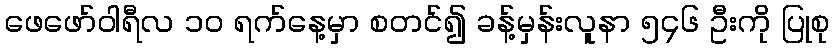
ဖေဖော်ဝါရီလ ၁၀ ရက်နေ့မှာ စတင်၍ ခန့်မှန်းလူနာ ၅၄၆ ဦးကို ပြုစု